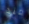
منذ